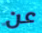
عن